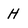
Character: H